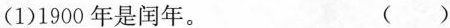
(1)1900年是闰年。 ( )